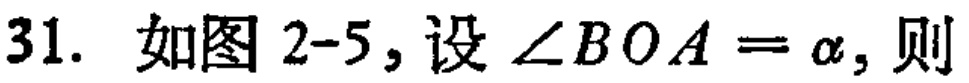
31. 如图 2-5, 设\(\angle BOA = \alpha\), 则